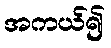
အကယ်၍